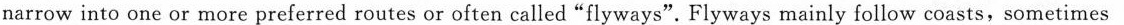
narrow into one or more preferred routes or often called"flyways". Flyways mainly follow coasts, sometimes